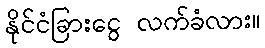
နိုင်ငံခြားငွေ လက်ခံလား။